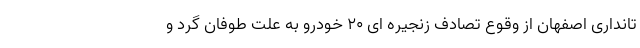
تانداری اصفهان از وقوع تصادف زنجیره ای ۲۰ خودرو به علت طوفان گرد و